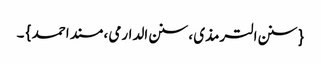
{ سنن الترمذی ، سنن الدارمی ، مسند احمد } ۔